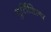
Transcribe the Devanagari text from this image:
मुर्तिशिल्प